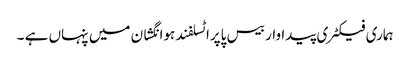
ہماری فیکٹری پیداوار بیس پاپراٹسلفند ہوانگشان میں پنہاں ہے ۔